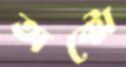
অক্টো